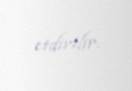
etdirilir.